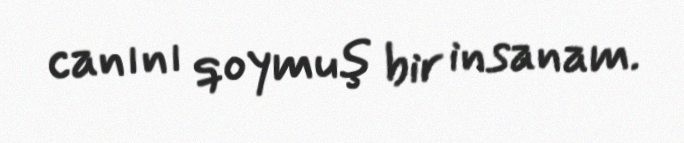
canını qoymuş bir insanam.